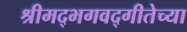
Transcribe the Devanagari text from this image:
श्रीमद्‌भगवद्‌गीतेच्या